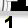
Digit: 1